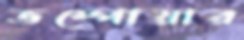
ভম্পোয়ার